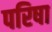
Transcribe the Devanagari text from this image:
परिषा